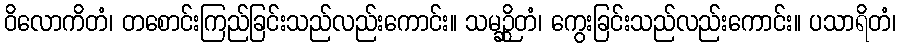
ဝိလောကိတံ၊ တစောင်းကြည်ခြင်းသည်လည်းကောင်း။ သမဉ္ဆိတံ၊ ကွေးခြင်းသည်လည်းကောင်း။ ပသာရိတံ၊